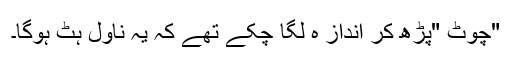
"چوٹ "پڑھ کر انداز ہ لگا چکے تھے کہ یہ ناول ہٹ ہوگا۔